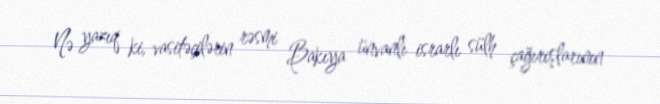
Nə yazıq ki, vasitəçilərin rəsmi Bakıya ünvanlı israrlı sülh çağırışlarının